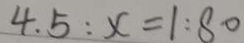
4 . 5 : x = 1 : 8 0